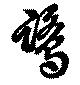
鷺